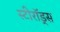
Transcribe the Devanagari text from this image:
स्टीरॉड्स